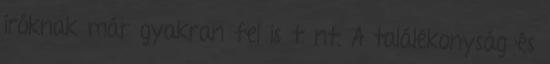
íróknak már gyakran fel is tűnt. A találékonyság és